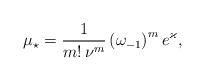
LaTeX: \begin{align*} \mu_\star = \frac{1}{m! \, \nu^m} \left(\omega_{-1}\right)^m e^\varkappa, \end{align*}